Report of the Indian Hemp Drugs Commission, 1894-1895 - Volume VI
Year: 1894
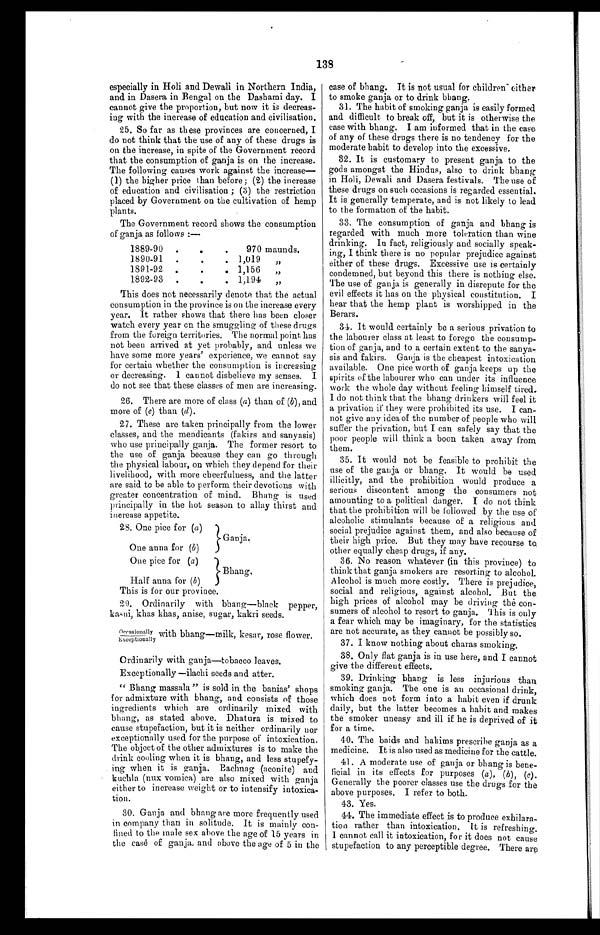
case of bhang. It is not usual for children' either
to smoke ganja or to drink bhang.
31. The habit of smoking ganja is easily formed
and difficult to break off, but it is otherwise the
case with bhan g . I am informed that in the case
of any of these drugs there is no tendency for the
moderate habit to develop into the excessive.
32. It is customary to present ganja to the
gods amongst the Hindus, also to drink bhang
in Holi, Dewali and Dasera festivals. The use of
these drugs on such occasions is regarded essential.
It is generally temperate, and is not likely to lead
to the formation of the habit.
33. The consumption of ganja and bhang is
regarded with much more toleration than wine
drinking. In fact, religiously and socially speak-
ing, I think there is no popular prejudice against
either of these drugs. Excessive use is certainly
condemned, but beyond this there is nothing else.
The use of ganja is generally in disrepute for the
evil effects it has on the physical constitution, I
hear that the hemp plant is worshipped in the
Berars.
34. It would certainly be a serious privation to
the labourer class at least to forego the consump-
tion of ganja, and to a certain extent to the sanya,
sis and fakirs. Ganja is the cheapest intoxication
available. One pice worth of ganja keeps up the
spirits of the labourer who can under its influence
work the whole day without feeling himself tired.
I do not think that the bhang drinkers will feel it
a privation if they were prohibited its use. I can-
not give ally idea of the number of people who will
suffer the privation, but I can safely say that the
poor people will think a boon taken away from
them.
35. It would not be feasible to prohibit the
use of the ganja or bhang. It would be used
illicitly, and the prohibition would produce a
serious discontent among the consumers not
amounting to a political danger. I do not think
that the prohibition will be followed by the use of
alcoholic stimulants because of a religious and
social prejudice against them, and also because of
their high price. But they may have recourse to
other equally cheap drugs, if any.
36. No reason whatever (in this province) to
think that ganja smokers are resorting to alcohol.
Alcohol is much more costly. There is prejudice,
social and religious, against alcohol, But the
high prices of alcohol may be driving the con-
sumers of alcohol to resort to ganja. This is only
a fear which may be imaginary, for the statistics
are not accurate, as they cannot be possibly so.
37. I know nothing about charas smoking.
38. Only flat ganja is in use here, and I cannot
give the different effects.
13S
especially in Holi and Dewali in Northern India,
and in Dasera in Bengal on the Dashami day. I
cannot give the proportion, but now it is decreas-
ing with the increase of education and civilisation.
25. So far as these provinces are concerned, I
do not think that the use of any of these drugs is
on the increase, in spite of the Government record
that the consumption of ganja is on the increase.
The following causes work against the increase—
(1) the higher price than before; (2) the increase
of edncation and civilisation; (3) the restriction
placed by Government on the cultivation of hemp
plants.
The Government record shows the consumption
of ganja as follows:—
1889-90 ...
970 maunds.
1890-91 .
.
. 1,019
„
1891-92 .
.
. 1,156
„
1892-93.
.
.
1,194
„
This does not necessarily denote that the actual
consumption in the province is on the increase every
year. It rather shows that there has been closer
watch every year en the smuggling of these drugs
from the foreign territories. The normal point has
not been arrived at yet probably, and unless we
have some more years' experience, we cannot say
for certain whether the consumption is increasing
or decreasing. I cannot disbelieve my senses. I
do not see that these classes of men are increasing.
26. There are more of class (a) than of (b), and
more of (c) than (d).
27. These are taken principally from the lower
classes, and the mendicants (fakirs and sanyasis)
who use principally ganja. The former resort to
the use of ganja because they can go through
the physical labour, on which they depend for their
livelihood, with more cheerfulness, and the latter
are said to be able to perform their devotions with
greater concentration of mind. Bhang is used
principally in the hot season to allay thirst and
increase appetite.
28. One pice for (a)
}Ganja,
One anna for (b)
One pice for (a)
Bhang,
Half anna for (b)
This is for our province.
29. Ordinarily with bhang—black pepper,
kasni, khas khas, anise, sugar, kakri seeds.
Occasionally with bhang—milk, kesar, rose flower.
Exceptionally
•
Ordinarily with ganja—tobacco leaves.
Exceptionally —ilachi seeds and atter.
"Bhang massala" is sold in the banias' shops
for admixture with bhang, and consists of those
ingredients which are ordinarily mixed with
bluing, as stated above. Dhatura is mixed to
cause stupefaction, but it is neither ordinarily nor
exceptionally used for the purpose of intoxication.
The object of the other admixtures is to make the
drink cooling when it is bhang, and less stupefy-
ing when it is ganja. Bachnag (aconite) and
kuchla (nux vomica) are also mixed with ganja
either to increase weight or to intensify intoxica-
tion.
30. Ganja and bhang are more frequently used
in company than in solitude. It is mainly con-
fined to the male sex above the age of 15 years in
the case of ganja, and above the age of 5 in the
39. Drinking bhang is less injurious than
smoking ganja. The one is an occasional drink,
which does not form into a habit even if drunk
daily, but the latter becomes a habit and makes
the smoker uneasy and ill if he is deprived of it
for a time.
40. The baids and hakims prescribe ganja as a
medicine. It is also used as medicine for the cattle.
41. A moderate use of ganja or bhang is bene-
ficial in its effects for purposes (a), (b), (c).
Generally the poorer classes use the drugs for the
above purposes. I refer to both.
43. Yes.
44. The immediate effect is to produce exhilara-
tion rather than intoxication. It is refreshing.
1 cannot call it intoxication, for it does not cause
stupefaction to any perceptible degree. There are